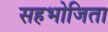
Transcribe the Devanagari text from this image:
सहभोजिता